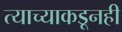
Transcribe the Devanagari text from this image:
त्याच्याकडूनही